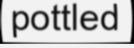
pottled